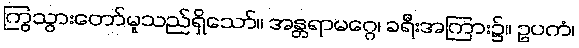
ကြွသွားတော်မူသည်ရှိသော်။ အန္တရာမဂ္ဂေ၊ ခရီးအကြား၌။ ဥပကံ၊